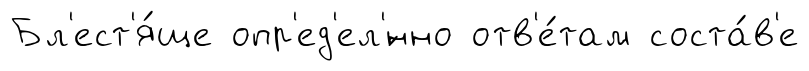
Бл'ест'я́ще опр'ед'ел'́нно отв'е́там соста́в'е